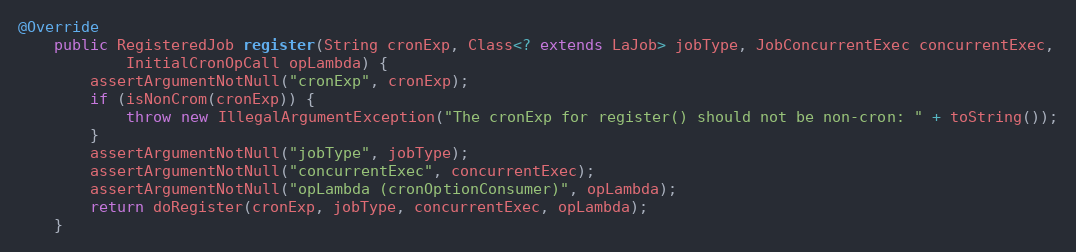
Language: Java
@Override
    public RegisteredJob register(String cronExp, Class<? extends LaJob> jobType, JobConcurrentExec concurrentExec,
            InitialCronOpCall opLambda) {
        assertArgumentNotNull("cronExp", cronExp);
        if (isNonCrom(cronExp)) {
            throw new IllegalArgumentException("The cronExp for register() should not be non-cron: " + toString());
        }
        assertArgumentNotNull("jobType", jobType);
        assertArgumentNotNull("concurrentExec", concurrentExec);
        assertArgumentNotNull("opLambda (cronOptionConsumer)", opLambda);
        return doRegister(cronExp, jobType, concurrentExec, opLambda);
    }